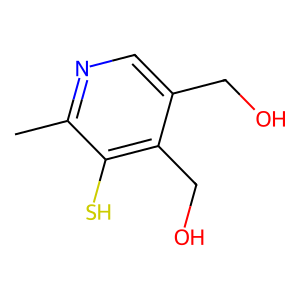
SMILES: Cc1ncc(CO)c(CO)c1S
Inhibits HIV replication: No